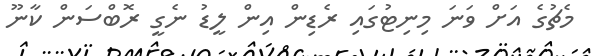
މެޗުގެ އަށް ވަނަ މިނިޓުގައި ރެޑިން އިން ލީޑު ނެގީ ރޮބްސަން ކާނޫ